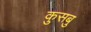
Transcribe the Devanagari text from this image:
कुसबु